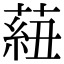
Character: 𦶆